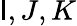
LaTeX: \mathsf{I},J,K